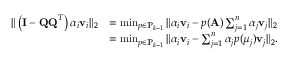
\begin{array} { r l } { \| \left( \mathbf { I } - \mathbf { Q Q } ^ { T } \right) \alpha _ { i } \mathbf { v } _ { i } \| _ { 2 } } & { = \operatorname* { m i n } _ { p \in \mathbb { P } _ { k - 1 } } \| \alpha _ { i } \mathbf { v } _ { i } - p ( \mathbf { A } ) \sum _ { j = 1 } ^ { n } \alpha _ { j } \mathbf { v } _ { j } \| _ { 2 } } \\ & { = \operatorname* { m i n } _ { p \in \mathbb { P } _ { k - 1 } } \| \alpha _ { i } \mathbf { v } _ { i } - \sum _ { j = 1 } ^ { n } \alpha _ { j } p ( \mu _ { j } ) \mathbf { v } _ { j } \| _ { 2 } . } \end{array}